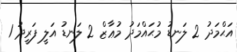
އަޙްމަދު 2 ލަނޑު މުޙައްމަދު މުޢާޒް 2 ލަނޑު އަލީ ފަރީދު 1